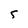
Character: 5